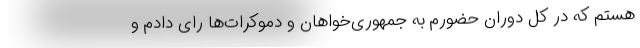
هستم که در کل دوران حضورم به جمهوری‌خواهان و دموکرات‌ها رای دادم و